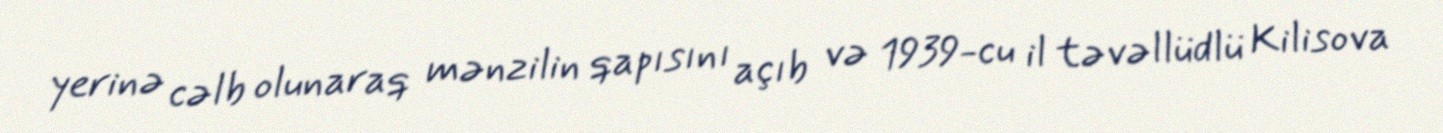
yerinə cəlb olunaraq mənzilin qapısını açıb və 1939-cu il təvəllüdlü Kilisova